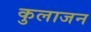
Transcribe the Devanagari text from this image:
कुलाजन